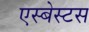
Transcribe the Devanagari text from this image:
एस्‍बेस्‍टस